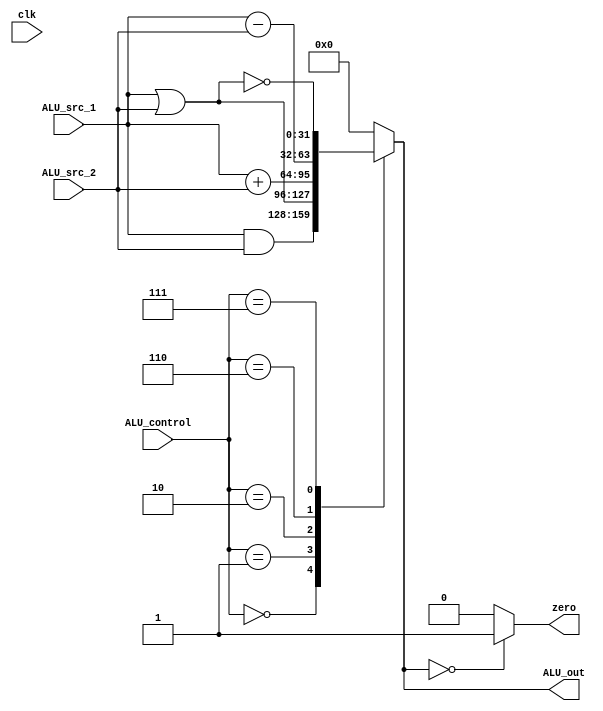
`timescale 1ns / 1ps


module ALU(
    input [31:0] ALU_src_1,
    input [31:0] ALU_src_2,
    input [2:0] ALU_control,
    input clk,
    output reg [31:0] ALU_out,
    output reg zero
    );
	 
always @(*) begin
	case(ALU_control)
	3'b000 : ALU_out = ALU_src_1 & ALU_src_2;
	3'b001 : ALU_out = ALU_src_1 | ALU_src_2;
	3'b010 : ALU_out = ALU_src_1 + ALU_src_2;
	3'b110 : ALU_out = ALU_src_1 - ALU_src_2;
	3'b111 : ALU_out = ~(ALU_src_1 | ALU_src_2);
	default: ALU_out = 32'b 0;
	endcase
end 	

always@(*)
begin
if(ALU_out == 0)
	zero = 1; 
else 
	zero = 0;
end

endmodule